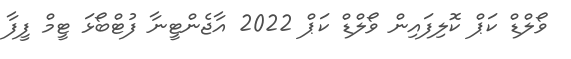
ވޯލްޑް ކަޕް ކޮލިފައިން ވޯލްޑް ކަޕް 2022 އާޖެންޓީނާ ފުޓްބޯޅަ ޓީމް ފީފާ